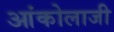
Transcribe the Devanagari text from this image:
आंकोलाजी